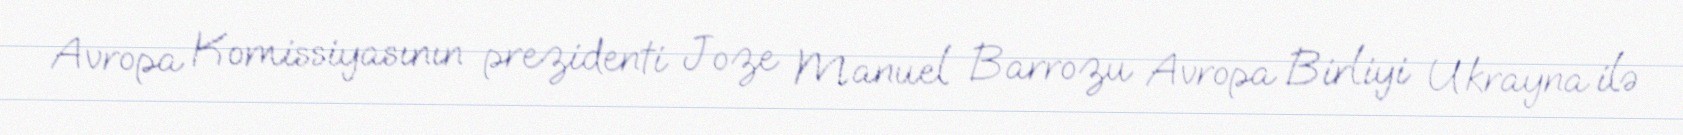
Avropa Komissiyasının prezidenti Joze Manuel Barrozu Avropa Birliyi Ukrayna ilə